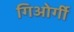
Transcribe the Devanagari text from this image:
गिओर्गी